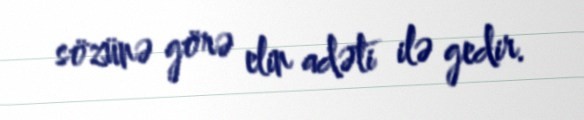
sözünə görə elin adəti ilə gedir.